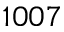
1 0 0 7